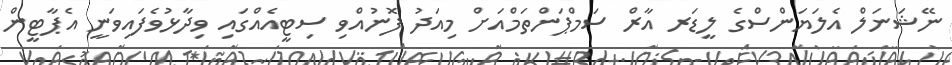
ނޭޝަނަލް އެލަޔަންސްގެ ލީޑަރ އާރް ސަމްޕަންތަމްއަށް މިއަދު ފޮނުއްވި ސިޓީއެއްގައި ވިދާޅުވެފައިވަނީ އެޕާޓީން